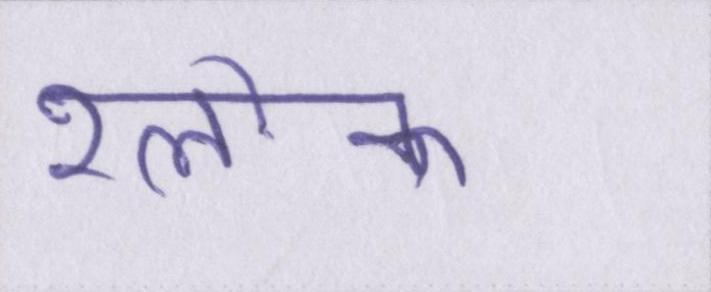
श्लोक